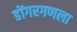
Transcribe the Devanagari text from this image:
डोंगरगणला